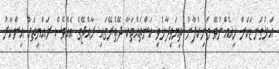
އަޅުގަނޑަކަށް ހިއެއްނުވޭ މަނިކުފާނު ތިޔަވިދާޅުވި ކަންތައްތަކާ ދޭތެރޭގައި ރާއްޖޭގެ އެއްވެސް ރައްޔިތަކު އިންކާރު